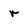
Character: r